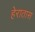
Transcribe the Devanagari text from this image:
हेरातास